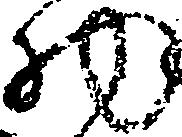
物